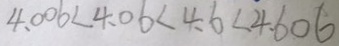
4 . 0 0 6 < 4 . 0 6 < 4 . 6 < 4 . 6 0 6